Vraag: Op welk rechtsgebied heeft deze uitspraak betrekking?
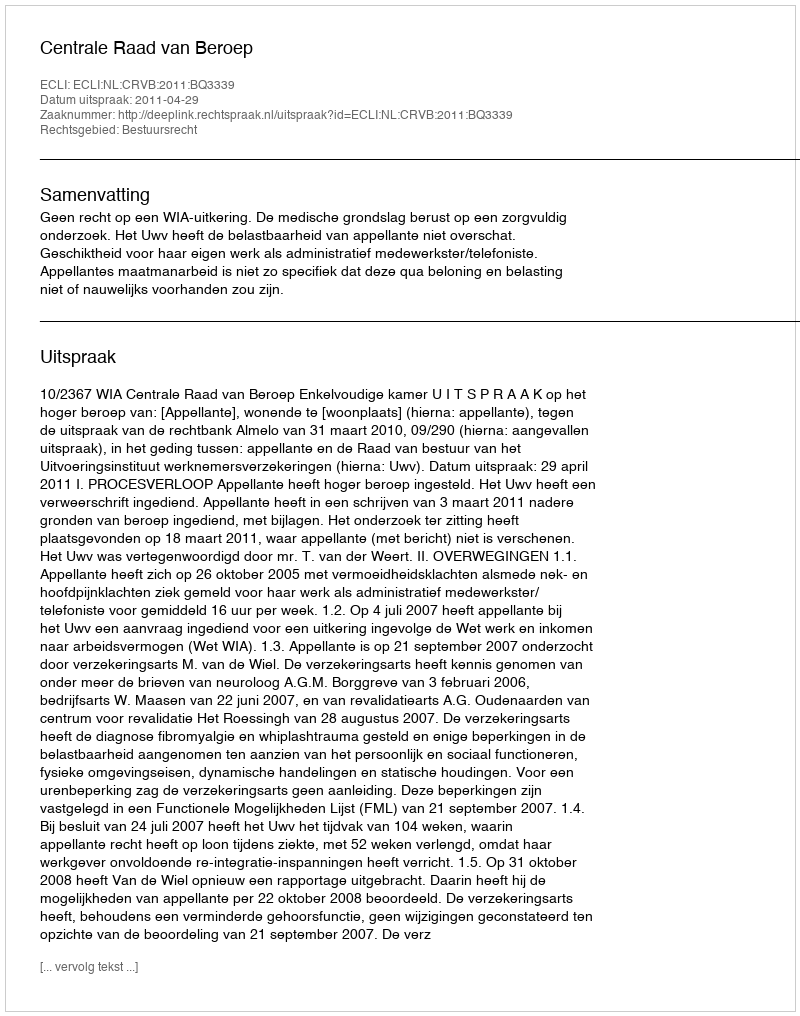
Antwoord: Bestuursrecht